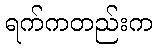
ရက်ကတည်းက